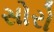
સોરો